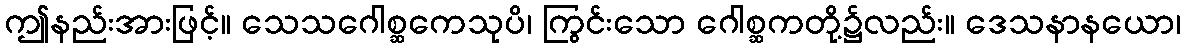
ဤနည်းအားဖြင့်။ သေသဂေါစ္ဆကေသုပိ၊ ကြွင်းသော ဂေါစ္ဆကတို့၌လည်း။ ဒေသနာနယော၊